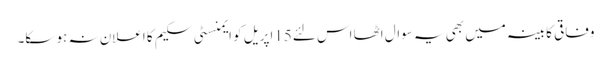
وفاقی کابینہ میں بھی یہ سوال اٹھا اس لئے15اپریل کو ایمنسٹی سکیم کا اعلان نہ ہو سکا۔